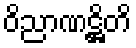
ဝိညာဏဋ္ဌိတိ